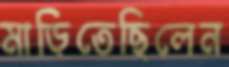
মাড়িতেছিলেন